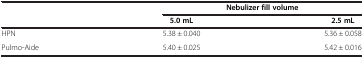
|  | <COLSPAN=2> Nebulizer fill volume |
 |  | 5.0 mL | 2.5 mL |
 | --- | --- | --- |
 | HPN | 5.38 ± 0.040 | 5.36 ± 0.058 |
 | Pulmo-Aide | 5.40 ± 0.025 | 5.42 ± 0.016 |